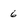
Character: 6